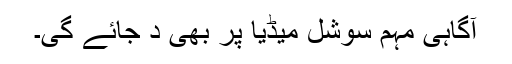
آگاہی مہم سوشل میڈیا پر بھی د جائے گی۔